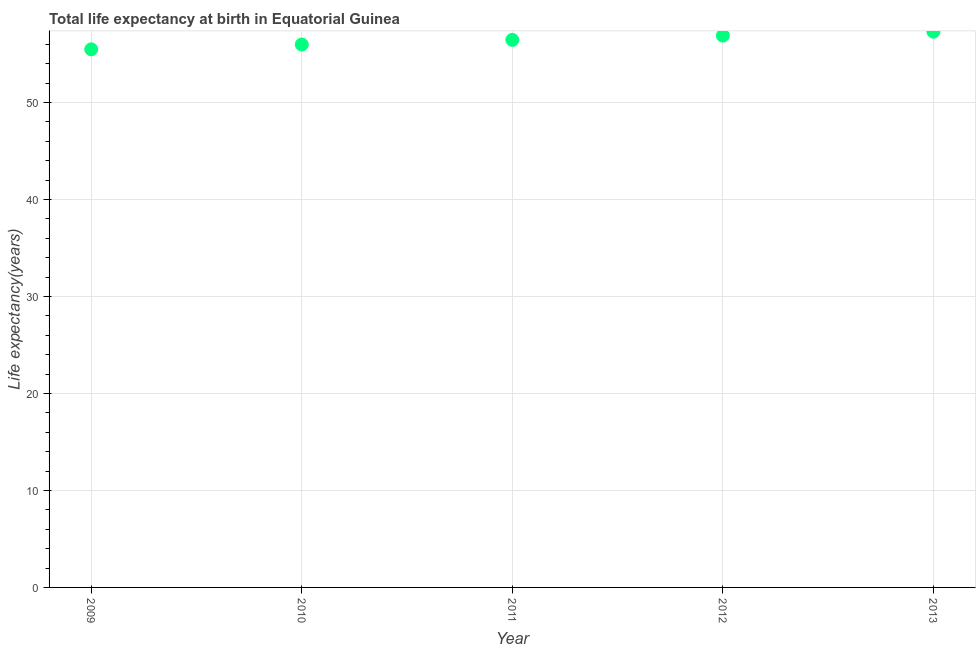
| Year | Life expectancy at birth |
 | --- | --- |
 | 2009 | 55.5 |
 | 2010 | 56 |
 | 2011 | 56.4 |
 | 2012 | 56.9 |
 | 2013 | 57.3 |